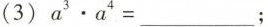
(3)$$a ^ { 3 } \cdot a ^ { 4 } =$$___；